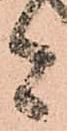
者